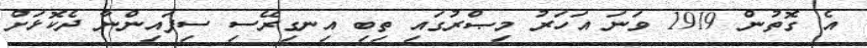
އެ ގޮތުން 1919 ވަނަ އަހަރު މިޞްރުގައި ތިބި އިނގިރޭސި ސިފައިންނާ ދެކޮޅަށް